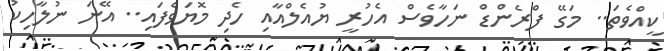
ކީއްވެތަ.. މަގޭ ފްރެންޑް ނަހާވެސް އެހުރީ ޔުއެލްއާއި ހެދި މޮޔަވެފައި.. އޭނަ ނުލާހިކު